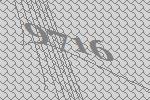
9716